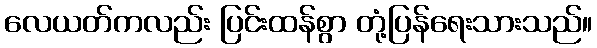
လေယတ်ကလည်း ပြင်းထန်စွာ တုံ့ပြန်ရေးသားသည်။